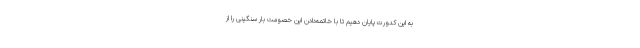
به این کدورت پایان دهیم تا با خاتمه‌دادن این خصومت بار سنگینی را از